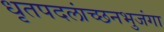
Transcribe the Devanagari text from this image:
धृतपदलांच्छनभुजंगा